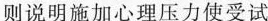
则说明施加心理压力使受试